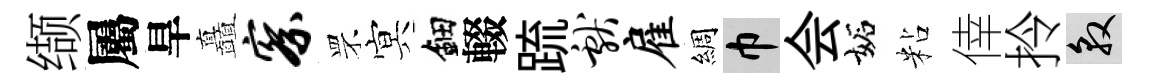
缬屬旱矗察罘㝠鈿輟䟽献雇綢巾会妬粘倖拎敦